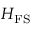
H _ { \mathrm { F S } }